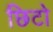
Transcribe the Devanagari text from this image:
छिटो